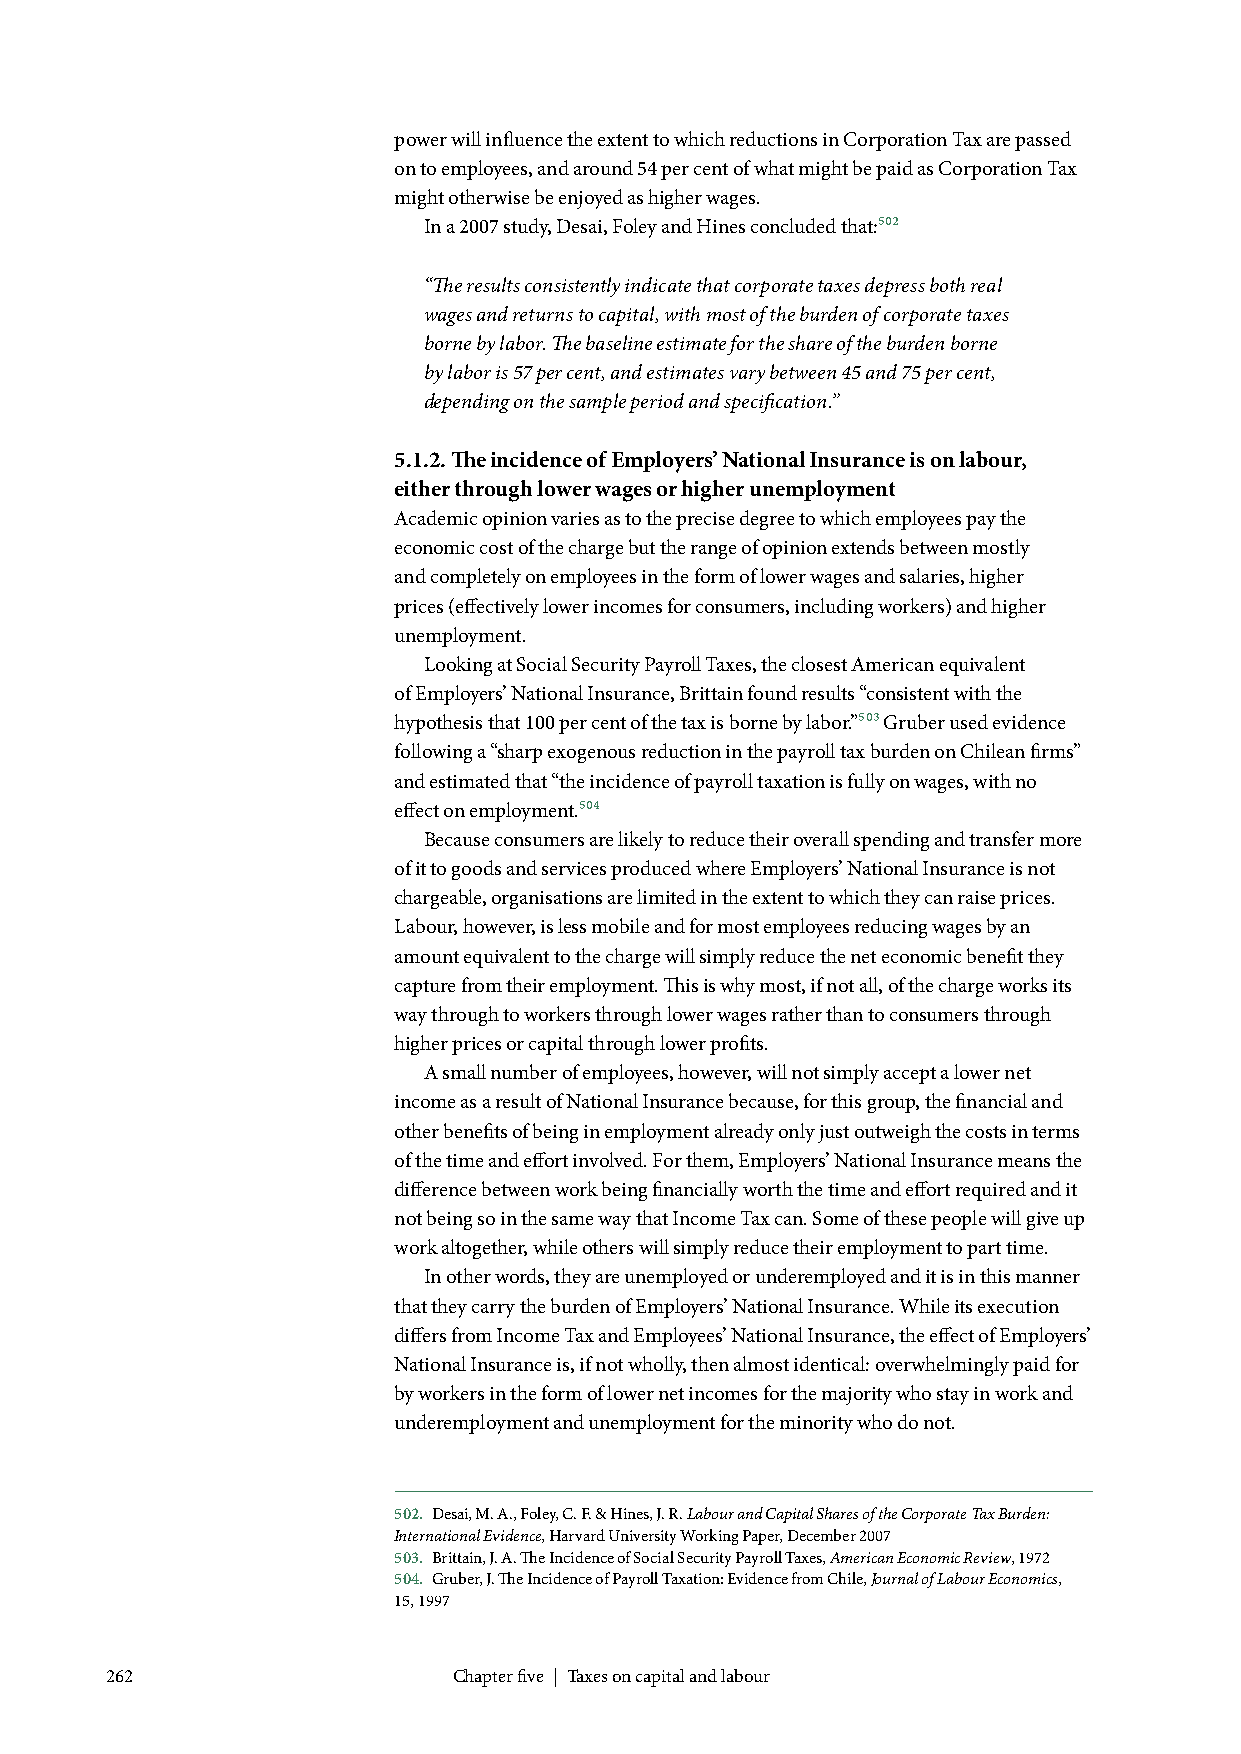
power will influence the extent to which reductions in Corporation Tax are passed
 on to employees, and around 54 per cent of what might be paid as Corporation Tax
 might otherwise be enjoyed as higher wages.
 In a 2007 study, Desai, Foley and Hines concluded that:502
 “The results consistently indicate that corporate taxes depress both real
 wages and returns to capital, with most of the burden of corporate taxes
 borne by labor. The baseline estimate for the share of the burden borne
 by labor is 57 per cent, and estimates vary between 45 and 75 per cent,
 depending on the sample period and specification.”
 5.1.2. The incidence of Employers’ National Insurance is on labour,
 either through lower wages or higher unemployment
 Academic opinion varies as to the precise degree to which employees pay the
 economic cost of the charge but the range of opinion extends between mostly
 and completely on employees in the form of lower wages and salaries, higher
 prices (effectively lower incomes for consumers, including workers) and higher
 unemployment.
 Looking at Social Security Payroll Taxes, the closest American equivalent
 of Employers’ National Insurance, Brittain found results “consistent with the
 hypothesis that 100 per cent of the tax is borne by labor.”503 Gruber used evidence
 following a “sharp exogenous reduction in the payroll tax burden on Chilean firms”
 and estimated that “the incidence of payroll taxation is fully on wages, with no
 effect on employment.504
 Because consumers are likely to reduce their overall spending and transfer more
 of it to goods and services produced where Employers’ National Insurance is not
 chargeable, organisations are limited in the extent to which they can raise prices.
 Labour, however, is less mobile and for most employees reducing wages by an
 amount equivalent to the charge will simply reduce the net economic benefit they
 capture from their employment. This is why most, if not all, of the charge works its
 way through to workers through lower wages rather than to consumers through
 higher prices or capital through lower profits.
 A small number of employees, however, will not simply accept a lower net
 income as a result of National Insurance because, for this group, the financial and
 other benefits of being in employment already only just outweigh the costs in terms
 of the time and effort involved. For them, Employers’ National Insurance means the
 difference between work being financially worth the time and effort required and it
 not being so in the same way that Income Tax can. Some of these people will give up
 work altogether, while others will simply reduce their employment to part time.
 In other words, they are unemployed or underemployed and it is in this manner
 that they carry the burden of Employers’ National Insurance. While its execution
 differs from Income Tax and Employees’ National Insurance, the effect of Employers’
 National Insurance is, if not wholly, then almost identical: overwhelmingly paid for
 by workers in the form of lower net incomes for the majority who stay in work and
 underemployment and unemployment for the minority who do not.
 502. Desai, M. A., Foley, C. F. & Hines, J. R. Labour and Capital Shares of the Corporate Tax Burden:
 International Evidence, Harvard University Working Paper, December 2007
 503. Brittain, J. A. The Incidence of Social Security Payroll Taxes, American Economic Review, 1972
 504. Gruber, J. The Incidence of Payroll Taxation: Evidence from Chile, Journal of Labour Economics,
 15, 1997
 262                    Chapter five | Taxes on capital and labour